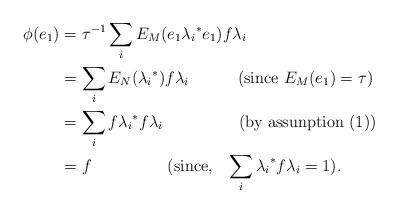
LaTeX: \begin{align*} \phi(e_1) & = {\tau}^{-1}\sum_iE_M(e_1{\lambda_i}^*e_1)f{\lambda_i}\\ & = \sum_iE_N({\lambda_i}^*)f \lambda_i~~~~~~~~~(\textrm {since}~E_M(e_1)=\tau)\\ & = \sum_i f{\lambda_i}^*f\lambda_i~~~~~~~~~~~~~~(\textrm {by assunption}~(1))\\ & = f~~~~~~~~~~~~~~(\textrm {since}, ~~\sum_i{\lambda_i}^* f {\lambda_i}= 1).\end{align*}